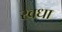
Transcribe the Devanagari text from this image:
रवधा